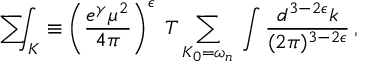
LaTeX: \mathrm { ~ \sum ~ } \! \! \! \! \! \! \int _ { K } \equiv \left( { \frac { e ^ { \gamma } \mu ^ { 2 } } { 4 \pi } } \right) ^ { \epsilon } \; T \sum _ { K _ { 0 } = \omega _ { n } } \: \int { \frac { d ^ { 3 - 2 \epsilon } k } { ( 2 \pi ) ^ { 3 - 2 \epsilon } } } \, ,